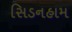
સિડનહામ